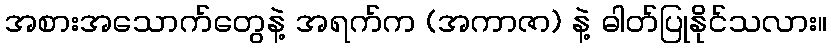
အစားအသောက်တွေနဲ့ အရက်က (အကာဇာ) နဲ့ ဓါတ်ပြုနိုင်သလား။